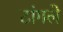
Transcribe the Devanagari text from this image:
टांगले